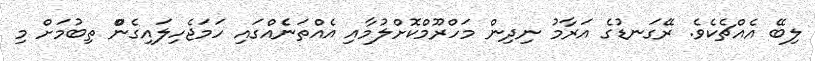
ލިބޭ އެއްޗެެކެެވެެ. ރޭގަނޑުގެ އަރާމު ނިދިން މަހްރޫމްކޮށްލުމާއި އެއްތަނެެއްގައި ހަމަޖެެހިލައިގެންް ތިބުމަށް މި